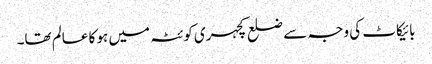
بائیکاٹ کی وجہ سے ضلع کچہری کوئٹہ میں ہو کا عالم تھا۔